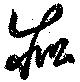
疪